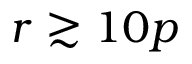
r \gtrsim 1 0 p